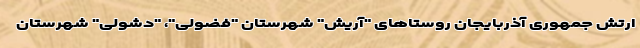
ارتش جمهوری آذربایجان روستاهای "آریش" شهرستان "فضولی"، "دشولی" شهرستان